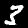
Digit: 3